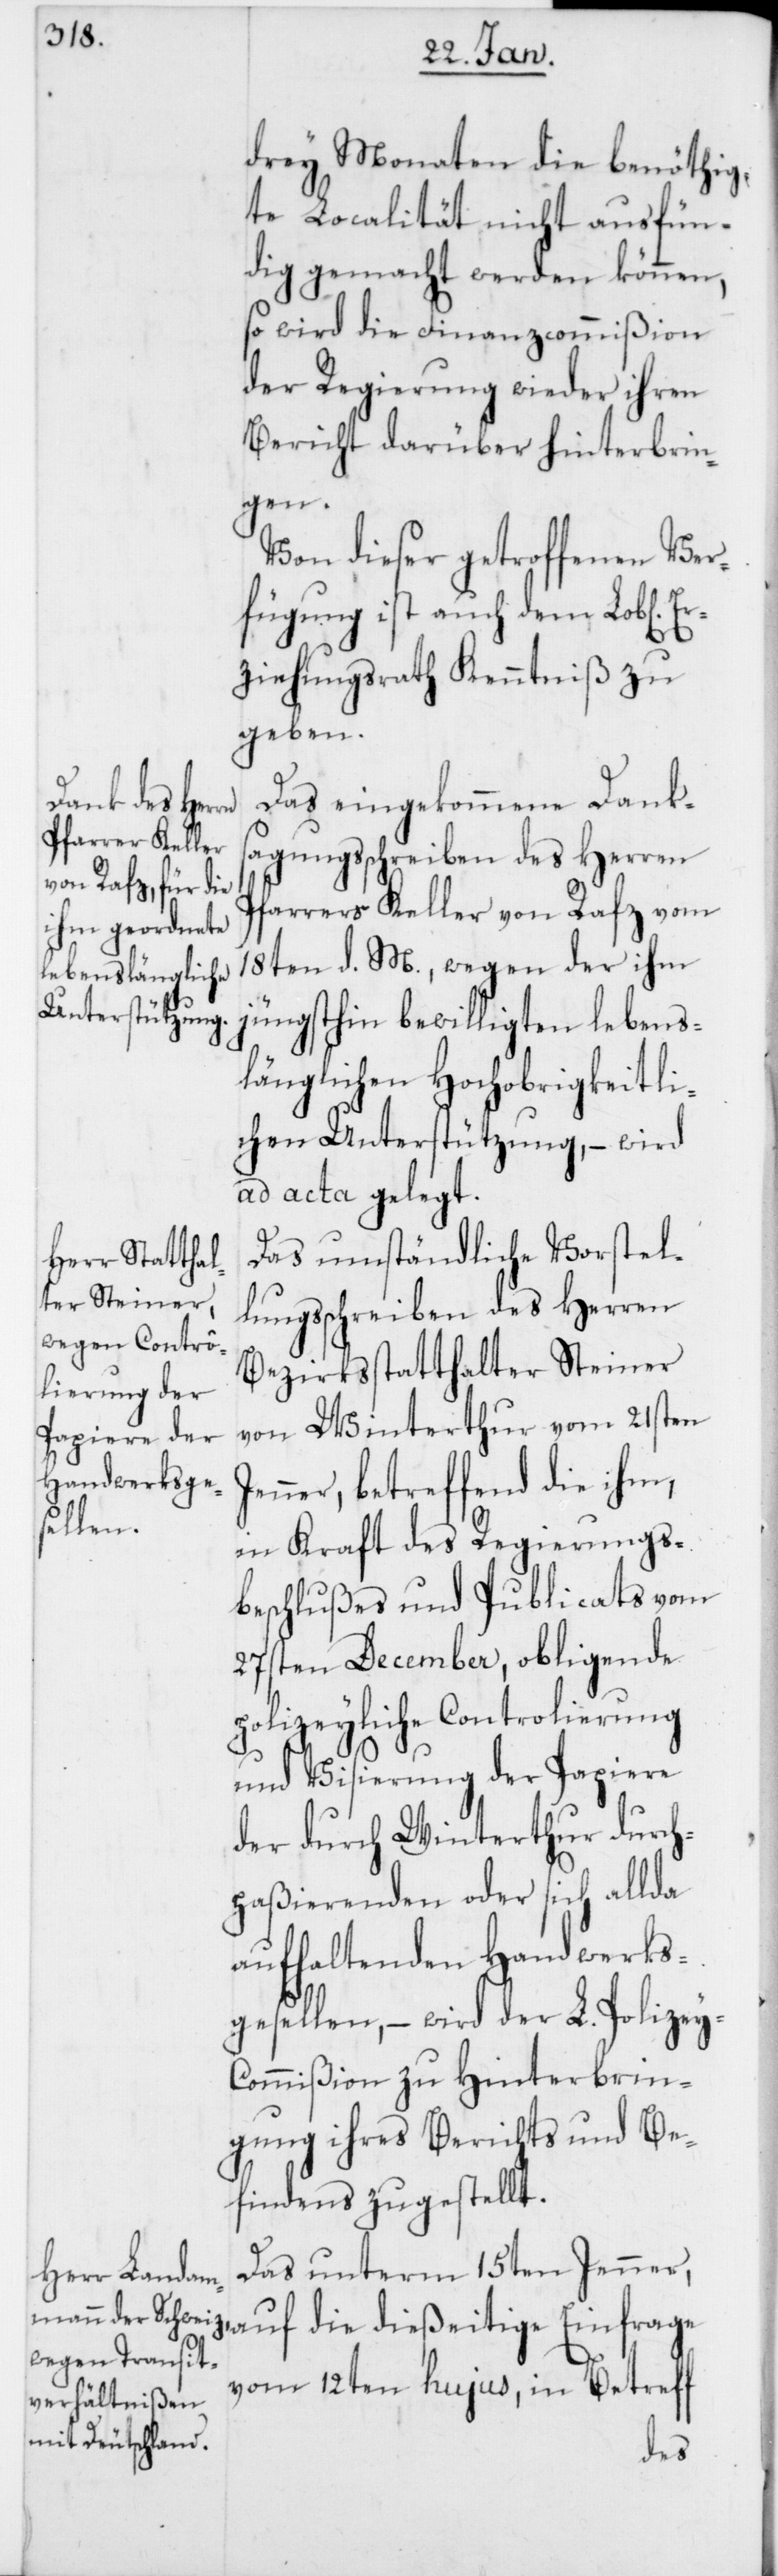
drey Monaten die benöthig¬
te Localität nicht ausfün¬
dig gemacht werden können,
so wird die Finanzcommißion
der Regierung wieder ihren
Bericht darüber hinterbrin¬
Jen¬
Von dieser getroffenen Ver¬
fügung ist auch dem Lob[lic¬
Erziehungsrath Kenntniß zu
geben.
Das eingekommene Dank¬
sagungsschreiben des Herren
Pfarrers Keller von Rafz vom
18ten d. M., wegen der ihm
jüngsthin bewilligten lebens¬
länglichen Hochobrigkeitli¬
chen Unterstützung, – wird
ad acta gelegt.
Das umständliche Vorstel¬
lungsschreiben des Herren
Bezirksstatthalter Steiner
von Winterthur vom 21sten
ner, betreffend die ihm,
in Kraft des Regierungs¬
beschlußes und Publicats vom
27sten December, obligende
polizeyliche Controlierung
und Visierung der Papiere
der durch Winterthur durch¬
paßierenden oder sich allda
aufhaltenden Handwerks¬
gesellen, – wird der L. Polizey-C¬
ommißion zu Hinterbrin¬
gung ihres Berichts und Be¬
findens zugestellt.
Das unterm 15ten Jenner,
auf die dießeitige Einfrage
vom 12ten hujus, in Betreff